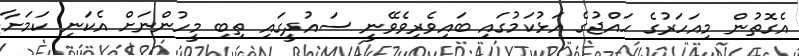
އެގޮތުން މިއަހަރުގެ ހައްޖުގެ އަޅުކަމުގައި ބައިވެރިވެވޭނީ ސައުދީގައި ތިބި މީހުންނަށް އެކަނި ކަމަށާ